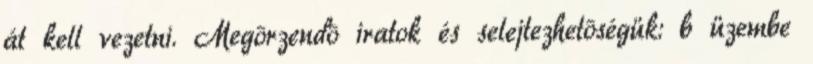
át kell vezetni. Megõrzendõ iratok és selejtezhetõségük: b üzembe